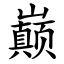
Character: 巅